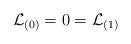
LaTeX: \begin{align*}{\cal L}_{(0)} = 0 = {\cal L}_{(1)}\end{align*}